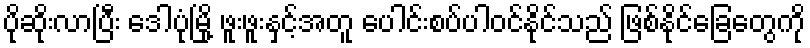
ပိုဆိုးလာပြီး ဒေါပုံမြို့ ဖူးဖူးနှင့်အတူ ပေါင်းစပ်ပါဝင်နိုင်သည် ဖြစ်နိုင်ခြေတွေကို